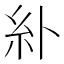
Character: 𫃚